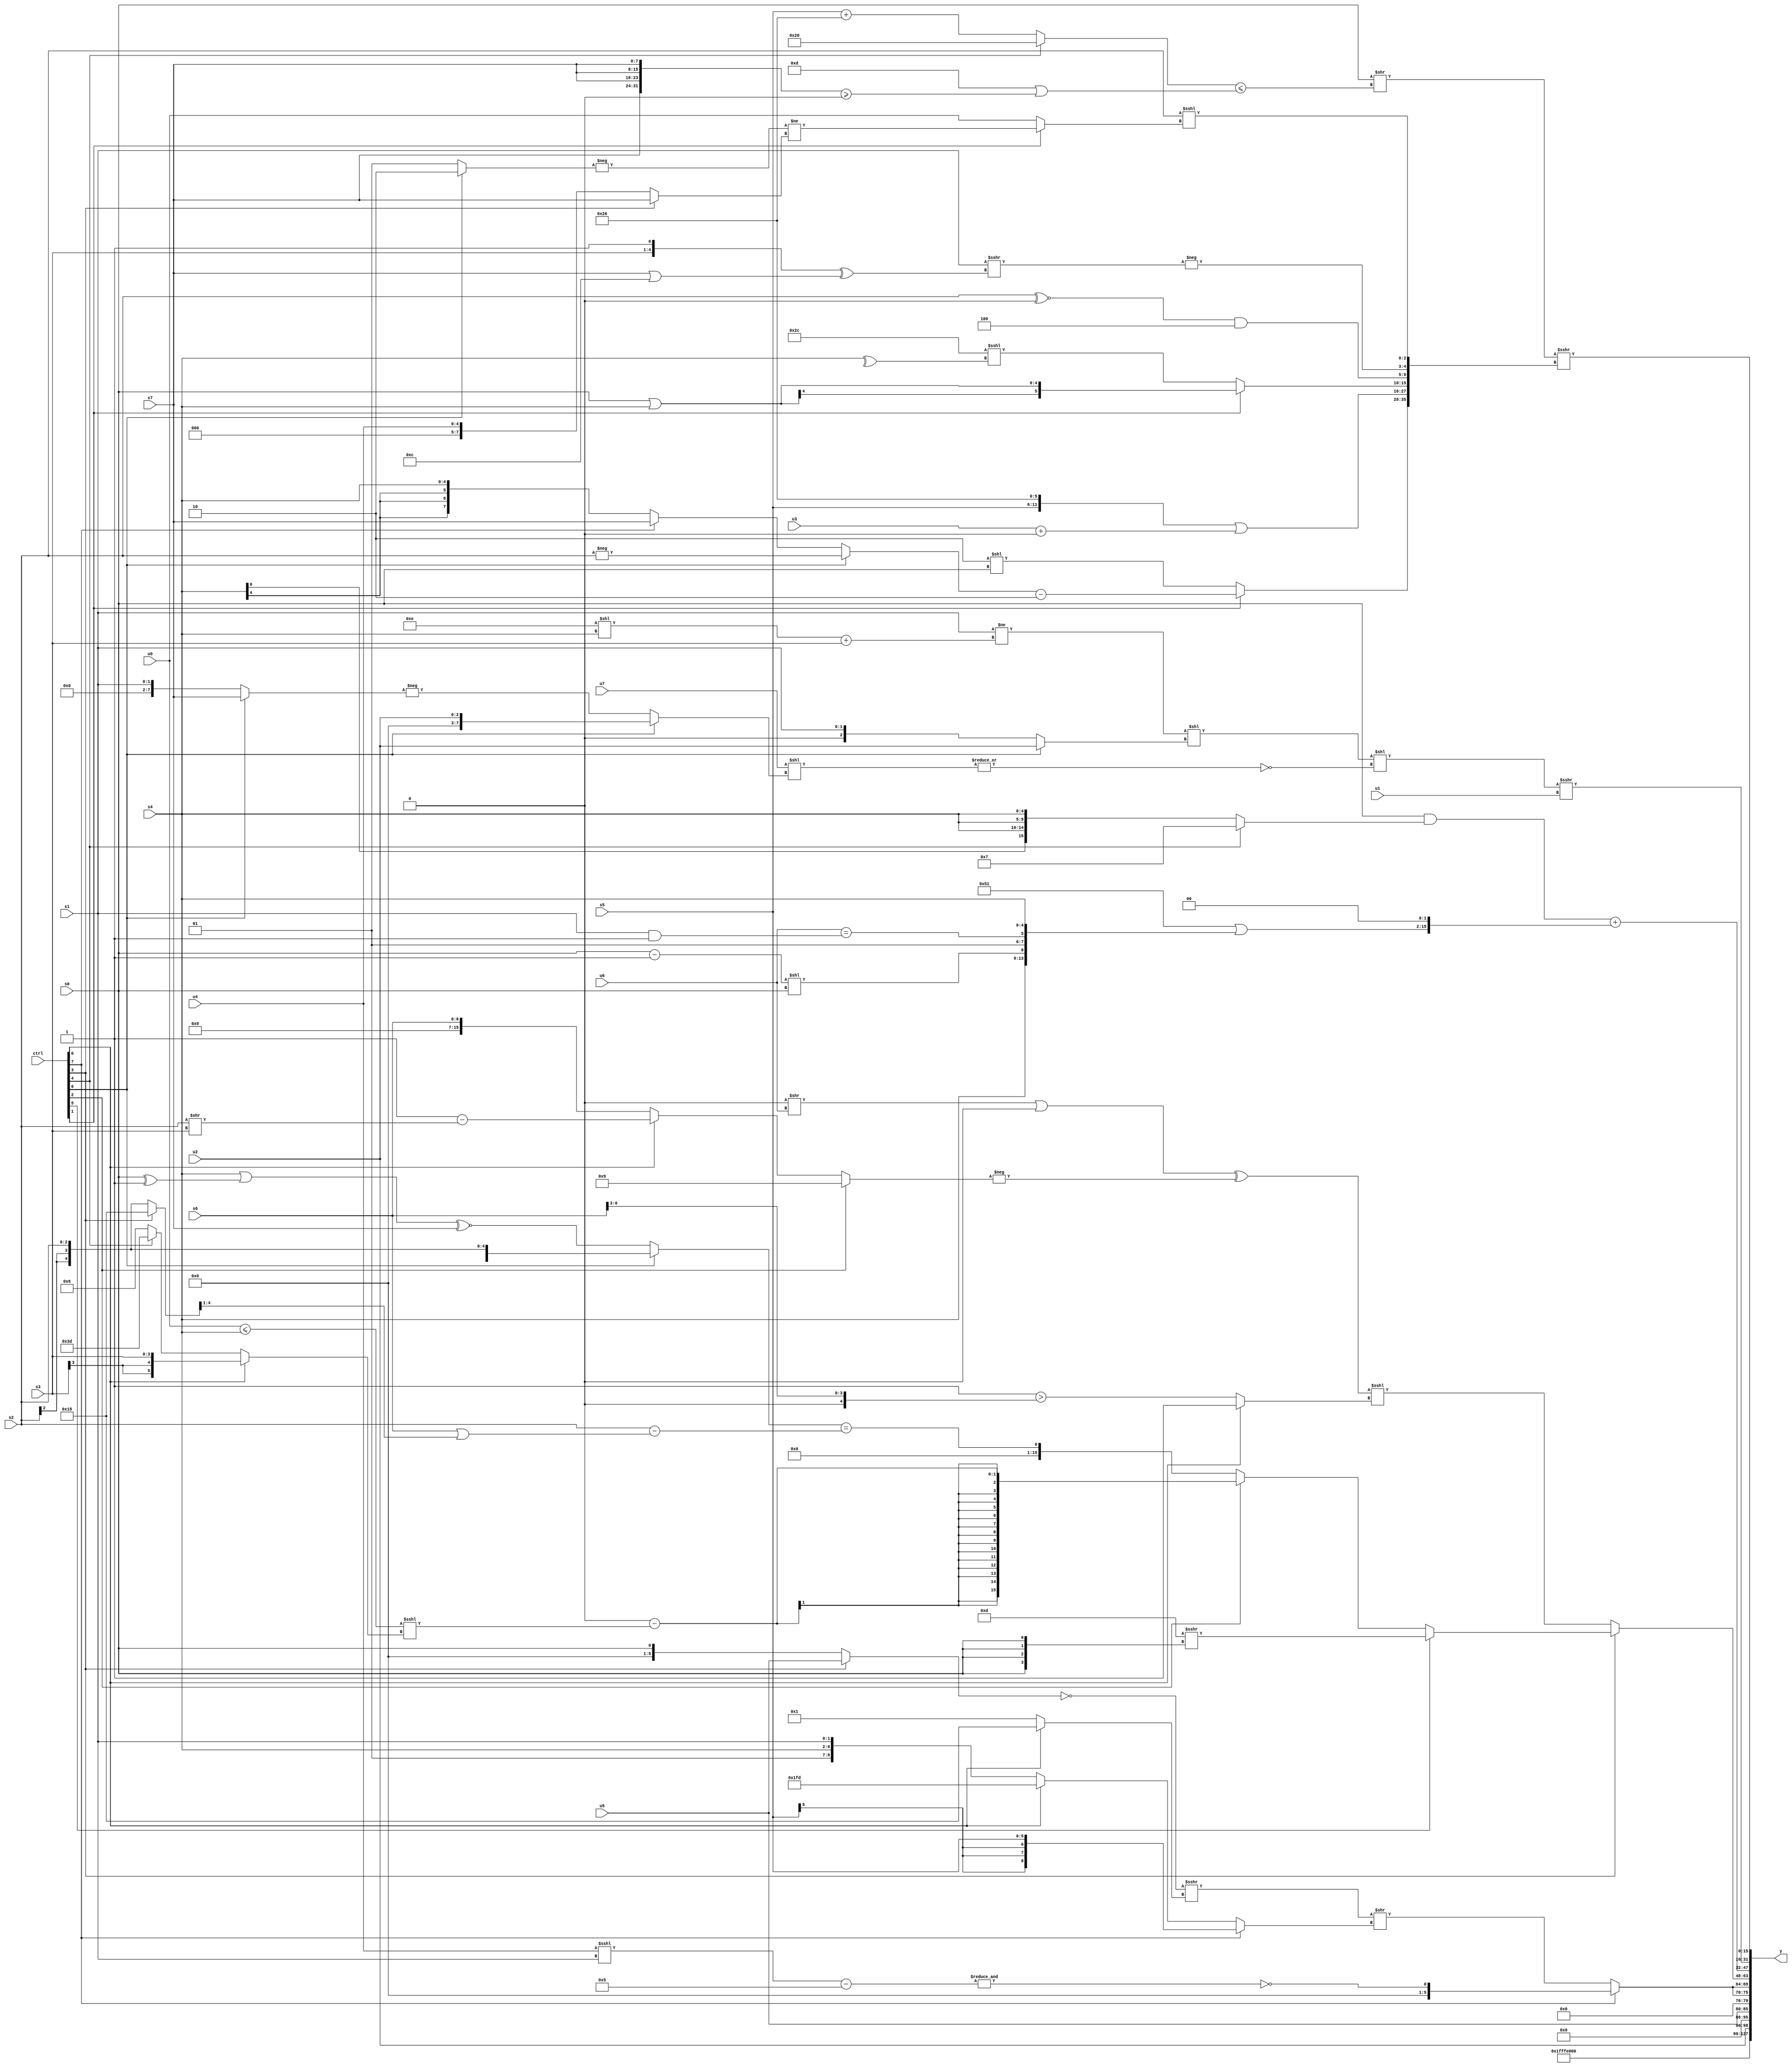
module wideexpr_00711(ctrl, u0, u1, u2, u3, u4, u5, u6, u7, s0, s1, s2, s3, s4, s5, s6, s7, y);
  input [7:0] ctrl;
  input [0:0] u0;
  input [1:0] u1;
  input [2:0] u2;
  input [3:0] u3;
  input [4:0] u4;
  input [5:0] u5;
  input [6:0] u6;
  input [7:0] u7;
  input signed [0:0] s0;
  input signed [1:0] s1;
  input signed [2:0] s2;
  input signed [3:0] s3;
  input signed [4:0] s4;
  input signed [5:0] s5;
  input signed [6:0] s6;
  input signed [7:0] s7;
  output [127:0] y;
  wire [15:0] y0;
  wire [15:0] y1;
  wire [15:0] y2;
  wire [15:0] y3;
  wire [15:0] y4;
  wire [15:0] y5;
  wire [15:0] y6;
  wire [15:0] y7;
  assign y = {y0,y1,y2,y3,y4,y5,y6,y7};
  assign y0 = 1'sb1;
  assign y1 = $unsigned(u2);
  assign y2 = u5;
  assign y3 = {2{(ctrl[7]?~&(($signed(((u4)<<<(s1))<<($signed((s7)<<<(5'sb11101)))))-(4'sb0101)):((~((ctrl[3]?u5:$unsigned($unsigned(s0)))))>>>((ctrl[0]?6'sb011000:$signed((ctrl[0]?s4:(6'sb101000)!=(1'sb1))))))>>((ctrl[7]?s5:(ctrl[0]?$signed((3'sb101)>>>({1{1'sb0}})):$signed({(ctrl[7]?1'sb0:2'sb01),(s4)>>>(4'sb0000),s1})))))}};
  assign y4 = (ctrl[3]?(ctrl[5]?(4'sb1101)>>>($signed({4{s0}})):(ctrl[2]?((6'sb001000)>>(6'sb111101))-($signed($signed((+((u0)<=(s4)))<<<((ctrl[0]?s3:(ctrl[4]?3'sb101:6'sb000110)))))):$signed(((ctrl[6]?s2:(($signed(s4))|((s0)^(4'sb1111)))^~(s7)))==((s2)-((s6)|(((ctrl[3]?5'sb11000:s2))>>>(~&(6'sb110000)))))))):((((2'sb00)>>(u6))|(-(~|(4'sb0101))))^(-((ctrl[2]?+($unsigned(6'sb001001)):(ctrl[0]?(6'sb000001)-((s2)>>($signed(s3))):s6)))))<<<($unsigned((ctrl[0]?(ctrl[0]?~(+(1'sb0)):(|(($signed(3'b000))<((u2)&(1'sb1))))<<<((s4)>($signed(5'sb01010)))):(-(3'sb001))>((s6)>>(2'sb11))))));
  assign y5 = ({4{{2{(s0)&((ctrl[4]?4'sb0111:$signed({4{s4}})))}}}})+((((5'b10110)+(6'sb111011))|({3{{(-((s0)-(1'b1)))<<(s0),2'sb01,$signed((u6)==((s1)&(1'sb1))),s4}}}))<<(+(2'sb10)));
  assign y6 = ((((s1)!=(($signed(($signed(5'b01110))<<($signed(s4))))+(s3)))<<((ctrl[6]?u2:s1)))<<(~|((u7)<<((ctrl[6]?u2:-((ctrl[6]?$signed(s7):$signed(s1))))))))>>>($signed(u1));
  assign y7 = ((s0)>>(((ctrl[4]?(ctrl[4]?6'sb100000:(s5)<<($signed(u4))):$signed((+(s5))+(6'sb100110))))<=((5'sb01101)|($signed(({4{s7}})>=(1'b0))))))>>>({(ctrl[1]?((ctrl[6]?-({s2}):$signed((ctrl[7]?s7:s4))))-((4'sb1000)>>(+($unsigned(2'sb10)))):(3'sb010)<<(s0)),{{($unsigned({s5,2'sb10,4'b0110}))|((u3)+((3'b110)&(1'b1))),(ctrl[1]?(s0)|((s4)>>>(2'sb00)):((3'sb011)+(6'sb101001))<<<(^(s4)))},((s2)^~(+(2'b00)))&($signed(5'sb00100)),-((s1)>>>(({s3,1'sb1})^((s7)|(4'b1100))))},($unsigned(s2))<<<((ctrl[1]?(-((ctrl[6]?2'b10:1'sb1)))!=($unsigned((ctrl[3]?s7:u4))):u0))});
endmodule